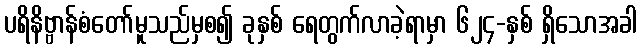
ပရိနိဗ္ဗာန်စံတော်မူသည်မှစ၍ ခုနှစ် ရေတွက်လာခဲ့ရာမှာ ၆၂၄-နှစ် ရှိသောအခါ